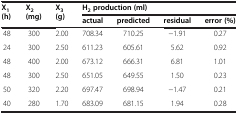
<table><thead><tr><td><b>X<sub>1</sub>(h)</b></td><td><b>X<sub>2</sub>(mg)</b></td><td><b>X<sub>3</sub>(g)</b></td><td colspan="4"><b>H<sub>2</sub>production (ml)</b></td></tr><tr><td colspan="3"><b> </b></td><td><b>actual</b></td><td><b>predicted</b></td><td><b>residual</b></td><td><b>error (%)</b></td></tr></thead><tbody><tr><td>48</td><td>300</td><td>2.00</td><td>708.34</td><td>710.25</td><td>-1.91</td><td>0.27</td></tr><tr><td>24</td><td>300</td><td>2.50</td><td>611.23</td><td>605.61</td><td>5.62</td><td>0.92</td></tr><tr><td>48</td><td>400</td><td>2.00</td><td>673.12</td><td>666.31</td><td>6.81</td><td>1.01</td></tr><tr><td>48</td><td>300</td><td>2.50</td><td>651.05</td><td>649.55</td><td>1.50</td><td>0.23</td></tr><tr><td>50</td><td>320</td><td>2.20</td><td>697.47</td><td>698.94</td><td>-1.47</td><td>0.21</td></tr><tr><td>40</td><td>280</td><td>1.70</td><td>683.09</td><td>681.15</td><td>1.94</td><td>0.28</td></tr></tbody></table>